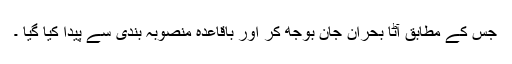
جس کے مطابق آٹا بحران جان بوجھ کر اور باقاعدہ منصوبہ بندی سے پیدا کیا گیا ۔